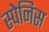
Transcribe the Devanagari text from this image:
स्पेनिस